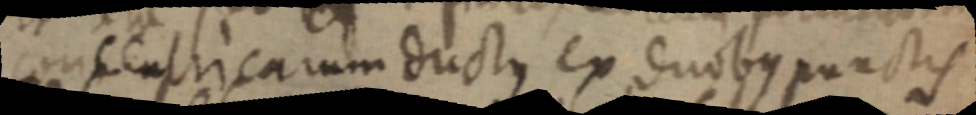
concentricarum ductus ex duobus punctis